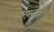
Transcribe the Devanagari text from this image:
पात्रयोजनेत